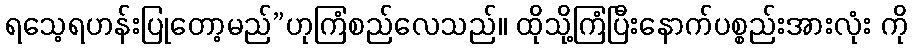
ရသေ့ရဟန်းပြုတော့မည်”ဟုကြံစည်လေသည်။ ထိုသို့ကြံပြီးနောက်ပစ္စည်းအားလုံး ကို